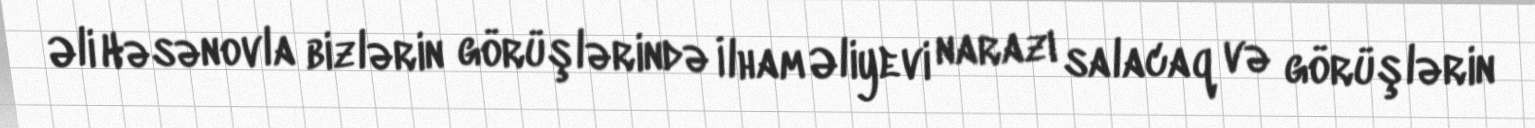
Əli Həsənovla bizlərin görüşlərində İlham Əliyevi narazı salacaq və görüşlərin